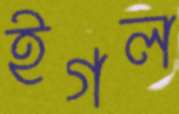
ইগল